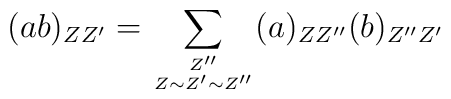
(ab)_{ZZ'} = \sum_{{Z''} \atop {Z \sim Z' \sim Z''}} (a)_{ZZ''}(b)_{Z''Z'}